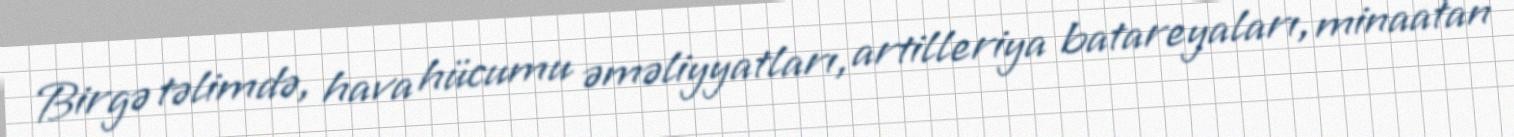
Birgə təlimdə, hava hücumu əməliyyatları, artilleriya batareyaları, minaatan